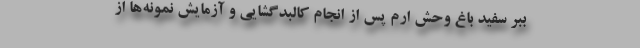
ببر سفید باغ‌ وحش ارم پس از انجام کالبدگشایی و آزمایش‌ نمونه‌ها از